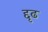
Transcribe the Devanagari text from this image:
द्दृढ